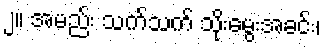
၂။ အမည်း သက်သက် သိုးမွေးအခင်း၊